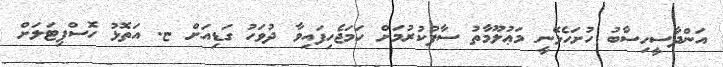
އަންދާސީހިސާބު ހުށަހެޅޭނީ މަޢުލޫމާތު ސާފުކުރުމަށް ހަމަޖެހިފައިވާ ދުވަހު ގަޑިއަށް ޏ. އަތޮޅު ހޮސްޕިޓަލަށް